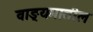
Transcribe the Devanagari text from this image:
वाङ्यमातील